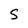
Character: S